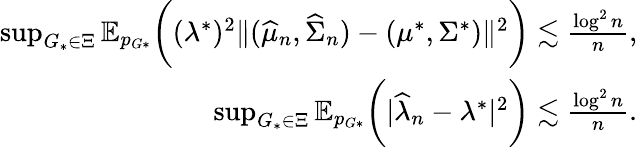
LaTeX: \begin{array}{r}{\operatorname*{sup}_{G_{*}\in\Xi}\mathbb{E}_{p_{G*}}\biggr((\lambda^{*})^{2}\| (\widehat{\mu}_{n},\widehat{\Sigma}_{n})-(\mu^{*},\Sigma^{*})\| ^{2}\biggr)\lesssim\frac{\log^{2}n}{n},}\\ {\operatorname*{sup}_{G_{*}\in\Xi}\mathbb{E}_{p_{G*}}\biggr(|\widehat{\lambda}_{n}-\lambda^{*}|^{2}\biggr)\lesssim\frac{\log^{2}n}{n}.}\end{array}